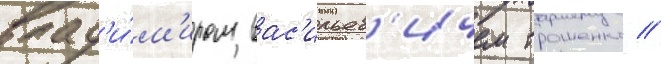
влад'и́м'иром вас'ильев'ичем трошенко /